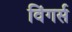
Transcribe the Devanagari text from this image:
विंगर्स